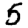
Digit: 5